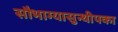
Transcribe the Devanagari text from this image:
सौभाग्यासुन्थीपका